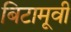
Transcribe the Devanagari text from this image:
बिटामूवी